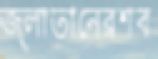
জ্লাতানেরশব